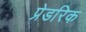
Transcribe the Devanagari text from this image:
प्रेडरिक